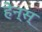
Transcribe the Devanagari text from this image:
हेन्स्